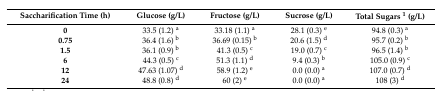
<table><thead><tr><td><b>Saccharification Time (h)</b></td><td><b>Glucose (g/L)</b></td><td><b>Fructose (g/L)</b></td><td><b>Sucrose (g/L)</b></td><td><b>Total Sugars <sup>1</sup> (g/L)</b></td></tr></thead><tbody><tr><td><b>0</b></td><td>33.5 (1.2) <sup>a</sup></td><td>33.18 (1.1) <sup>a</sup></td><td>28.1 (0.3) <sup>e</sup></td><td>94.8 (0.3) <sup>a</sup></td></tr><tr><td><b>0.75</b></td><td>36.4 (1.6) <sup>b</sup></td><td>36.69 (0.15) <sup>b</sup></td><td>20.6 (1.5) <sup>d</sup></td><td>95.7 (0.2) <sup>b</sup></td></tr><tr><td><b>1.5</b></td><td>36.1 (0.9) <sup>b</sup></td><td>41.3 (0.5) <sup>c</sup></td><td>19.0 (0.7) <sup>c</sup></td><td>96.5 (1.4) <sup>b</sup></td></tr><tr><td><b>6</b></td><td>44.3 (0.5) <sup>c</sup></td><td>51.3 (1.1) <sup>d</sup></td><td>9.4 (0.3) <sup>b</sup></td><td>105.0 (0.9) <sup>c</sup></td></tr><tr><td><b>12</b></td><td>47.63 (1.07) <sup>d</sup></td><td>58.9 (1.2) <sup>e</sup></td><td>0.0 (0.0) <sup>a</sup></td><td>107.0 (0.7) <sup>d</sup></td></tr><tr><td><b>24</b></td><td>48.8 (0.8) <sup>d</sup></td><td>60 (2) <sup>e</sup></td><td>0.0 (0.0) <sup>a</sup></td><td>108 (3) <sup>d</sup></td></tr></tbody></table>